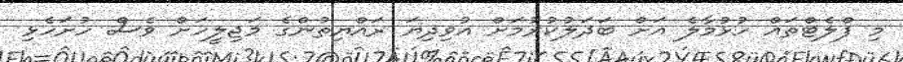
މި ފްލެޓްތައް ހުޅުމާލެ އަށް ބަދަލުކުރުމަށް އުވިދިޔަ ރައްޔިތުންގެ މަޖިލީހަށް ވެސް ހުށަހެޅި